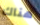
هناك